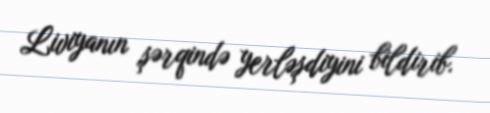
Liviyanın şərqində yerləşdiyini bildirib.